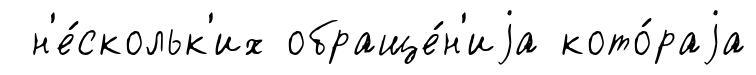
н'е́скольк'их обраще́н'иjа кото́раjа